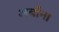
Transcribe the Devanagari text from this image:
अर्बाना